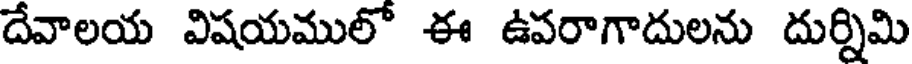
దేవాలయ విషయములో ఈ ఉపరాగాదులను దుర్నిమి